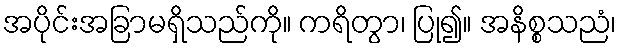
အပိုင်းအခြာမရှိသည်ကို။ ကရိတွာ၊ ပြု၍။ အနိစ္စသညံ၊